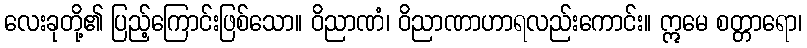
လေးခုတို့၏ ပြည့်ကြောင်းဖြစ်သော။ ဝိညာဏံ၊ ဝိညာဏာဟာရလည်းကောင်း။ ဣမေ စတ္တာရော၊